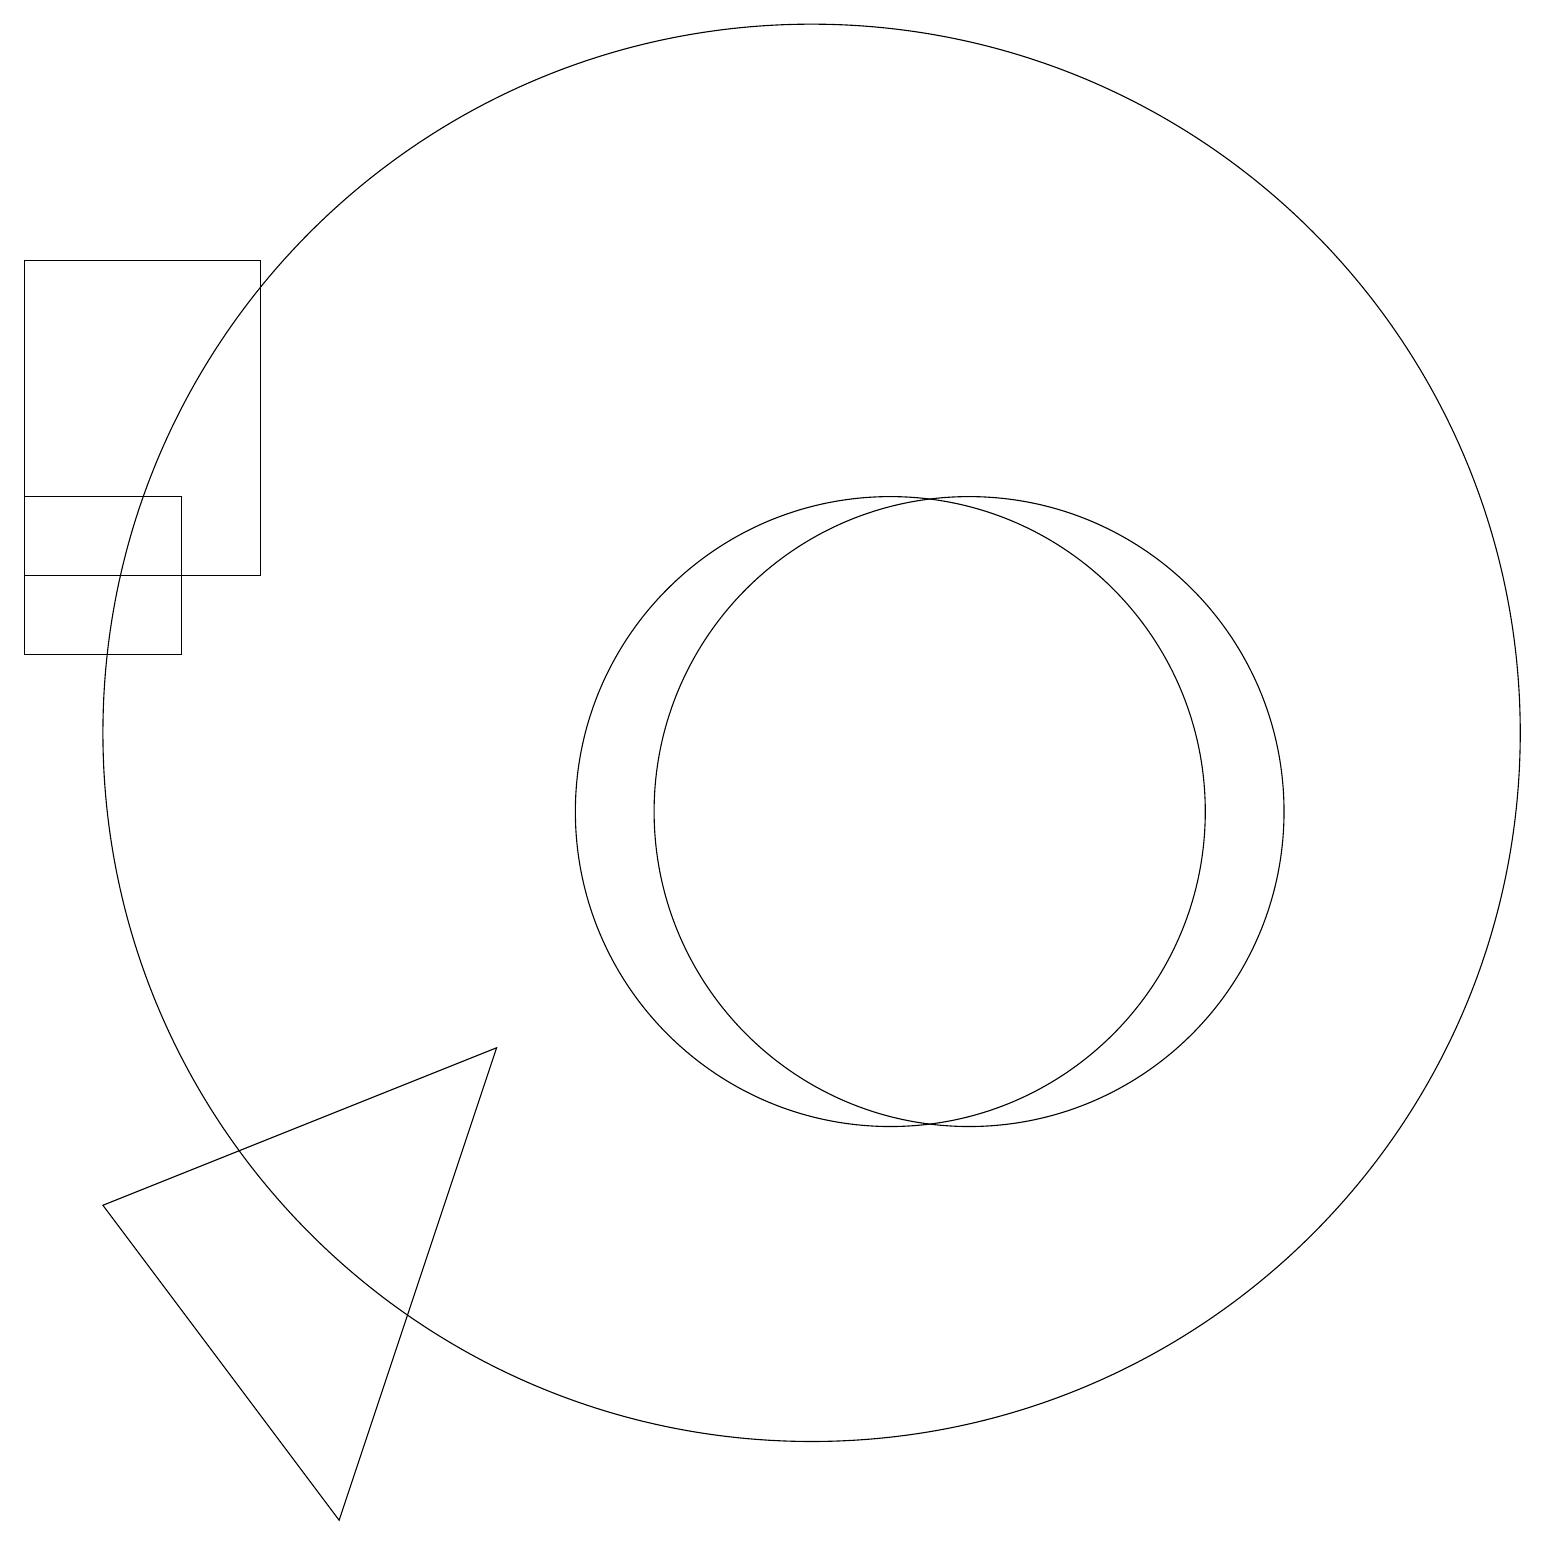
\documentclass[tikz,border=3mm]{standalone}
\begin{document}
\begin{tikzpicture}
\draw (3,14) rectangle (0,18);
\draw (12,11) circle (4);
\draw (2,13) rectangle (0,15);
\draw (10,12) circle (9);
\draw (6,8) -- (4,2) -- (1,6) -- cycle;
\draw (11,11) circle (4);
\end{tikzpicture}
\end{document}